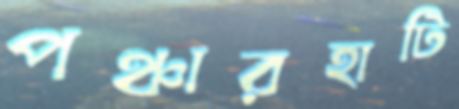
পঞ্চারহাটি